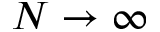
N \rightarrow \infty